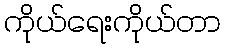
ကိုယ်ရေးကိုယ်တာ